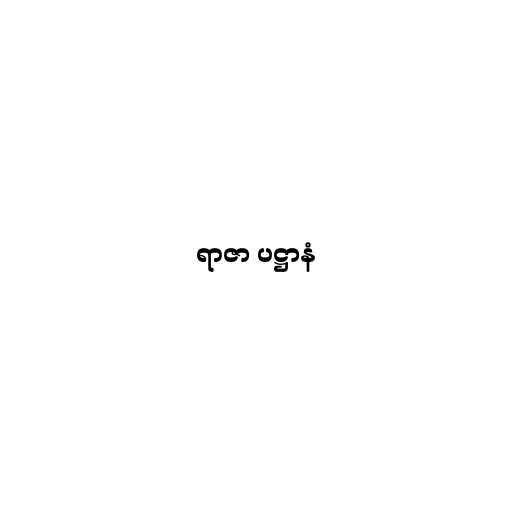
ရာဇာ ပဋ္ဌာနံ